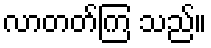
လာတတ်ကြ သည်။